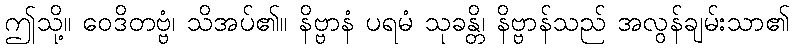
ဤသို့။ ဝေဒိတဗ္ဗံ၊ သိအပ်၏။ နိဗ္ဗာနံ ပရမံ သုခန္တိ၊ နိဗ္ဗာန်သည် အလွန်ချမ်းသာ၏